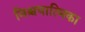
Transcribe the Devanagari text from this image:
निश्चयात्मिका